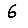
Digit: 6